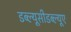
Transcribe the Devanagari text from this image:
डब्ल्यूसीडब्ल्यूए